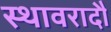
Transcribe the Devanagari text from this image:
स्थावरादौ